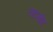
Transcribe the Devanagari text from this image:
लटसोट